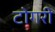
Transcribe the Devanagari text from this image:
टोगरी